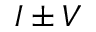
I \pm V